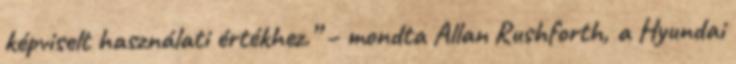
képviselt használati értékhez.” – mondta Allan Rushforth, a Hyundai